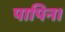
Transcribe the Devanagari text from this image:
पापिन।